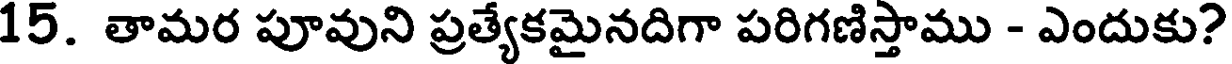
15. తామర పూవుని ప్రత్యేకమైనదిగా పరిగణిస్తాము - ఎందుకు?